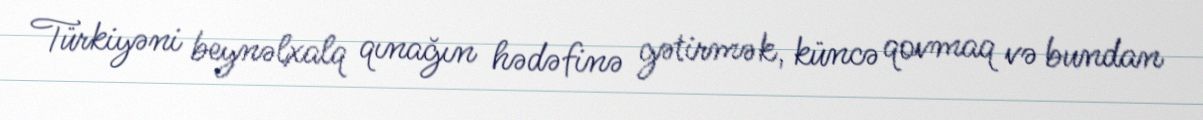
Türkiyəni beynəlxalq qınağın hədəfinə gətirmək, küncə qovmaq və bundan